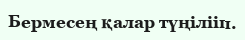
Бермесең қалар түңілііп.